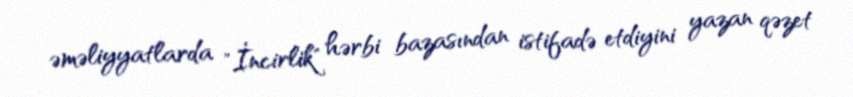
əməliyyatlarda "İncirlik" hərbi bazasından istifadə etdiyini yazan qəzet